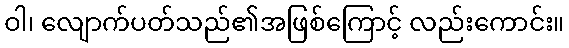
ဝါ၊ လျောက်ပတ်သည်၏အဖြစ်ကြောင့် လည်းကောင်း။